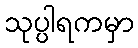
သုပ္ပါရကမှာ